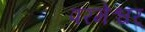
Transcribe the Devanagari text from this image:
परमेश्वर्